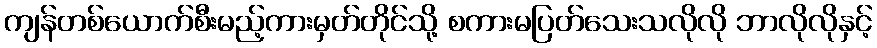
ကျန်တစ်ယောက်စီးမည့်ကားမှတ်တိုင်သို့ စကားမပြတ်သေးသလိုလို ဘာလိုလိုနှင့်